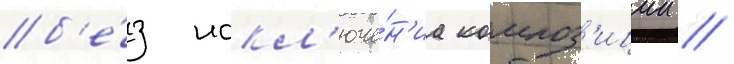
б'е́з искл'юче́н'иа композ'иции //